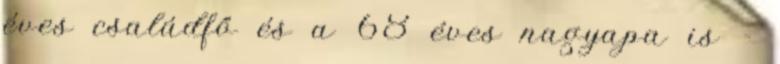
éves családfő és a 68 éves nagyapa is -